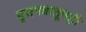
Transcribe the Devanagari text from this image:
वृत्तपत्रातूनही